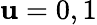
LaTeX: \mathbf{u}=0,1